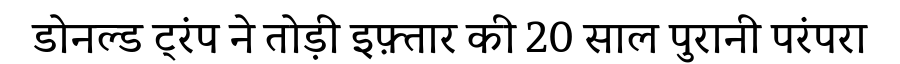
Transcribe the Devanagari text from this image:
डोनल्ड ट्रंप ने तोड़ी इफ़्तार की 20 साल पुरानी परंपरा